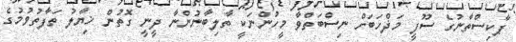
ޕާކިސްތާނުގެ ސޫފީ މަޛްހަބަށް ނިސްބަތްވާ މީހުންނަކީ ތާލިބާނުންނާ ދީނީ ގޮތުން ޚިޔާލު ތަފާތުވުމުގެ